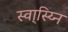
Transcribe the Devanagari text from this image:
स्वा्स्य्नि